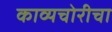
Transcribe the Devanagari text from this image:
काव्यचोरीचा